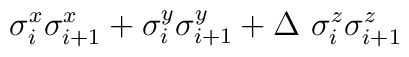
\sigma^x_i \sigma^x_{i+1} +  \sigma^y_i \sigma^y_{i+1} + \Delta ~  \sigma^z_i \sigma^z_{i+1}